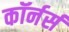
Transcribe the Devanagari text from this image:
कॉर्नर्स